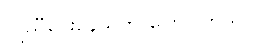
ကူညီပေးနေသူက ပြောပါတယ်။